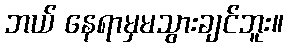
ဘယ် နေရာမှမသွားချင်ဘူး။